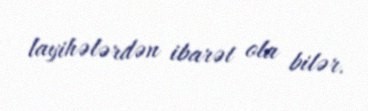
layihələrdən ibarət ola bilər.